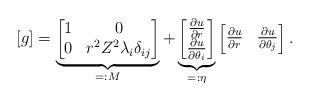
LaTeX: \begin{align*}[g] = \underbrace{\begin{bmatrix} 1 & 0 \\ 0 & r^2Z^2\lambda_i\delta_{ij}\end{bmatrix}}_{=: M} + \underbrace{\begin{bmatrix}\frac{\partial u}{\partial r} \\ \frac{\partial u}{\partial\theta_i}\end{bmatrix}}_{=:\eta}\begin{bmatrix}\frac{\partial u}{\partial r} & \frac{\partial u}{\partial\theta_j}\end{bmatrix}.\end{align*}